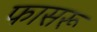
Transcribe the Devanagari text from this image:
फासरू